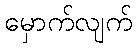
မှောက်လျက်